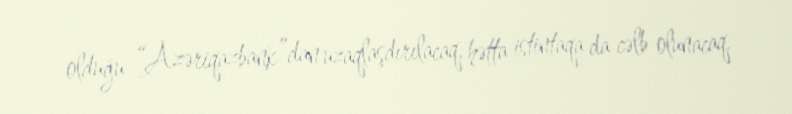
olduğu “Azəriqazbank”dan uzaqlaşdırılacaq, hətta istintaqa da cəlb olunacaq.